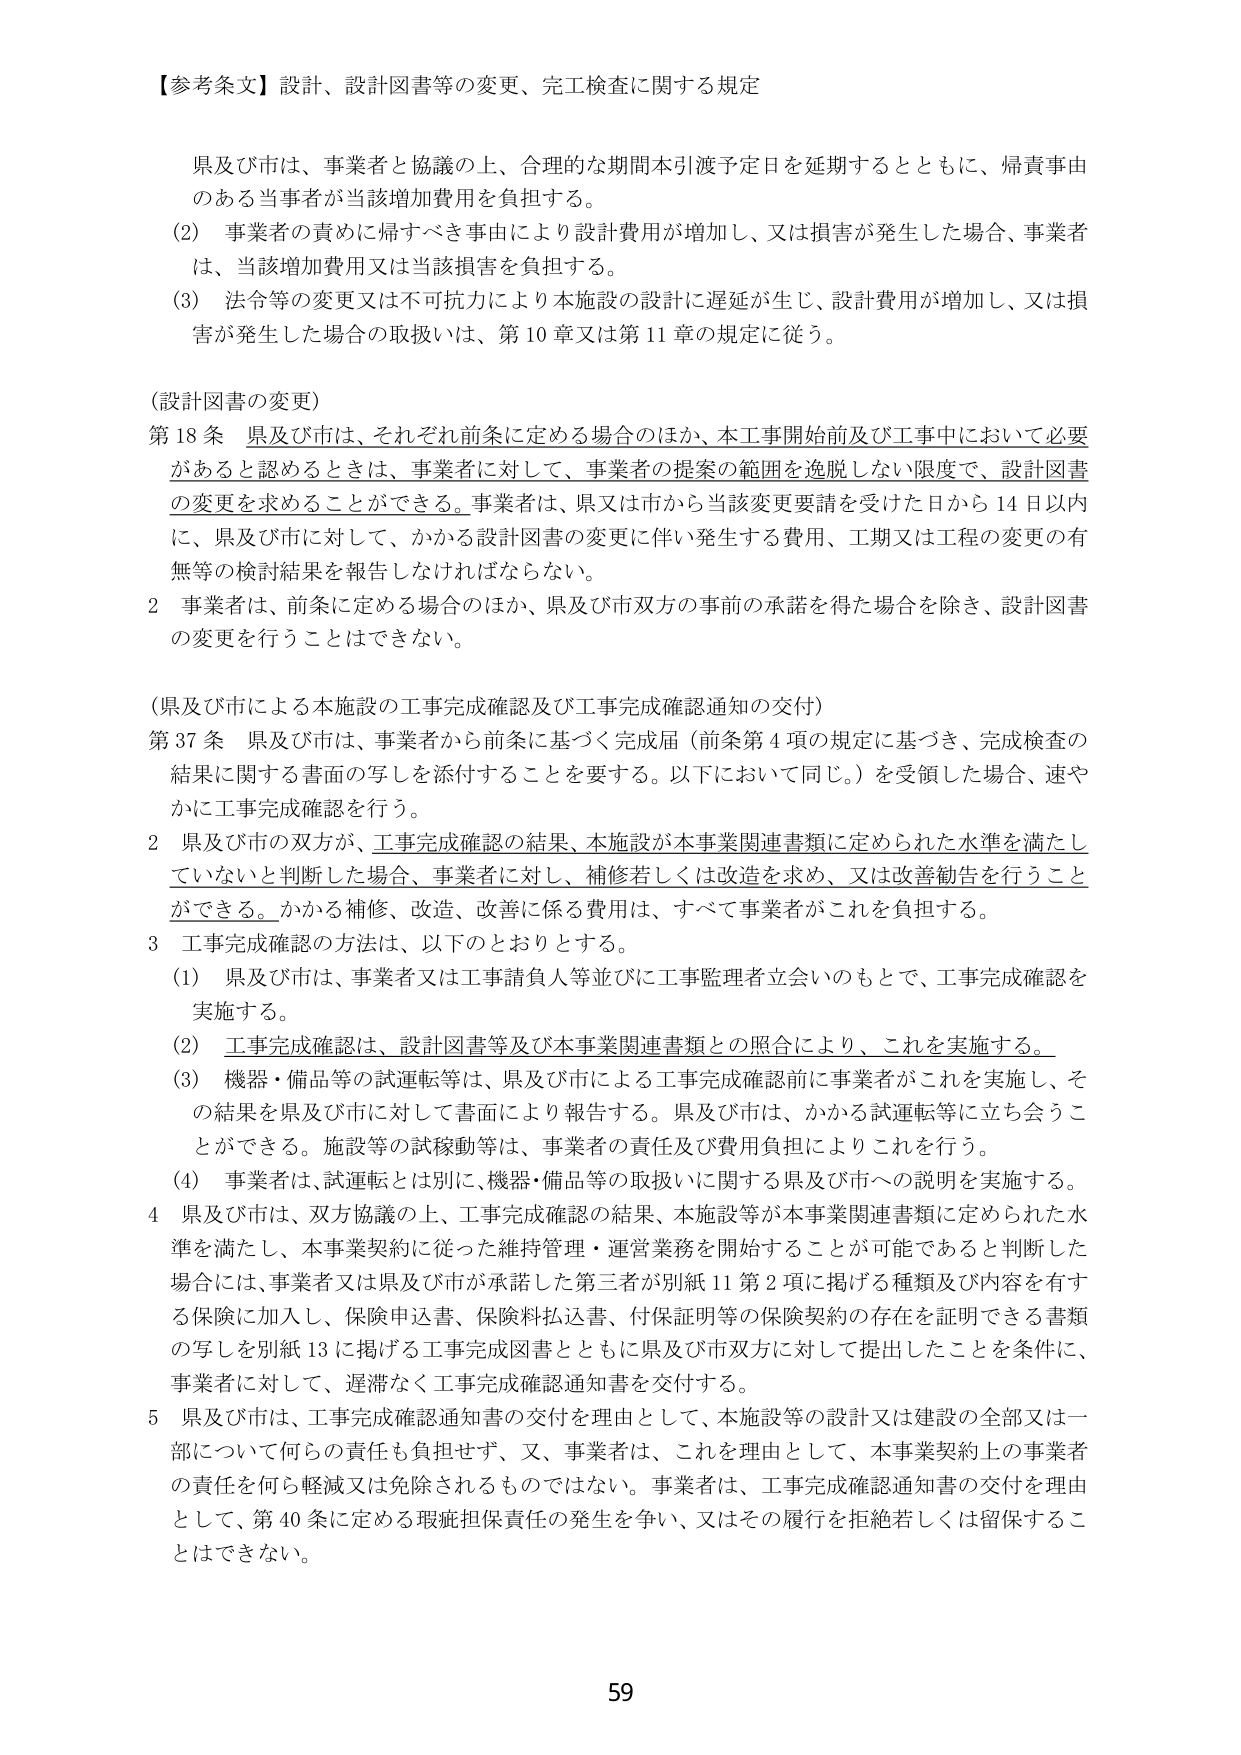
【参考条文】設計、設計図書等の変更、完工検査に関する規定

県及び市は、事業者と協議の上、合理的な期間本引渡予定日を延期するとともに、帰責事由のある当事者が当該増加費用を負担する。

(2) 事業者の責めに帰すべき事由により設計費用が増加し、又は損害が発生した場合、事業者は、当該増加費用又は当該損害を負担する。

(3) 法令等の変更又は不可抗力により本施設の設計に遅延が生じ、設計費用が増加し、又は損害が発生した場合の取扱いは、第10章又は第11章の規定に従う。

（設計図書の変更）

第18条 県及び市は、それぞれ前条に定める場合のほか、本工事開始前及び工事中において必要があると認めるときは、事業者に対して、事業者の提案の範囲を逸脱しない限度で、設計図書の変更を求めることができる。事業者は、県又は市から当該変更要請を受けた日から14日以内に、県及び市に対して、かかる設計図書の変更に伴い発生する費用、工期又は工程の変更の有無等の検討結果を報告しなければならない。

2 事業者は、前条に定める場合のほか、県及び市双方の事前の承諾を得た場合を除き、設計図書の変更を行うことはできない。

（県及び市による本施設の工事完成確認及び工事完成確認通知の交付）

第37条 県及び市は、事業者から前条に基づく完成届（前条第4項の規定に基づき、完成検査の結果に関する書面の写しを添付することを要する。以下において同じ。）を受領した場合、速やかに工事完成確認を行う。

2 県及び市の双方が、工事完成確認の結果、本施設が本事業関連書類に定められた水準を満たしていないと判断した場合、事業者に対し、補修若しくは改造を求め、又は改善勧告を行うことができる。かかる補修、改造、改善に係る費用は、すべて事業者がこれを負担する。

3 工事完成確認の方法は、以下のとおりとする。

(1) 県及び市は、事業者又は工事請負人等並びに工事監理者立会いのもとで、工事完成確認を実施する。

(2) 工事完成確認は、設計図書等及び本事業関連書類との照合により、これを実施する。

(3) 機器・備品等の試運転等は、県及び市による工事完成確認前に事業者がこれを実施し、その結果を県及び市に対して書面により報告する。県及び市は、かかる試運転等に立ち会うことができる。施設等の試稼動等は、事業者の責任及び費用負担によりこれを行う。

(4) 事業者は、試運転とは別に、機器・備品等の取扱いに関する県及び市への説明を実施する。

4 県及び市は、双方協議の上、工事完成確認の結果、本施設等が本事業関連書類に定められた水準を満たし、本事業契約に従った維持管理・運営業務を開始することが可能であると判断した場合には、事業者又は県及び市が承諾した第三者が別紙11第2項に掲げる種類及び内容を有する保険に加入し、保険申込書、保険料払込書、付保証明等の保険契約の存在を証明できる書類の写しを別紙13に掲げる工事完成図書とともに県及び市双方に対して提出したことを条件に、事業者に対して、遅滞なく工事完成確認通知書を交付する。

5 県及び市は、工事完成確認通知書の交付を理由として、本施設等の設計又は建設の全部又は一部について何らの責任も負担せず、又、事業者は、これを理由として、本事業契約上の事業者の責任を何ら軽減又は免除されるものではない。事業者は、工事完成確認通知書の交付を理由として、第40条に定める現拠担保責任の発生を争い、又はその履行を拒絶若しくは留保することはできない。

59